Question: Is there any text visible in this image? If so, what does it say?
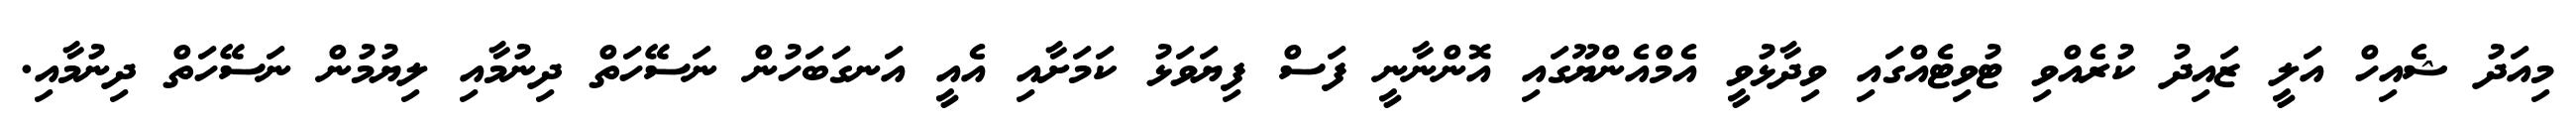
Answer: މިއަދު ޝެއިހް އަލީ ޒައިދު ކުރެއްވި ޓުވިޓެއްގައި ވިދާޅުވީ އެމްއެންޔޫގައި އޮންނާނީ ފަސް ފިޔަވަޅު ކަމަށާއި އެއީ އަނގަބަހުން ނަސޭހަތް ދިނުމާއި ލިޔުމުން ނަސޭހަތް ދިނުމާއި.